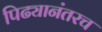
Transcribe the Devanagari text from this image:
पिढ्यानंतरच